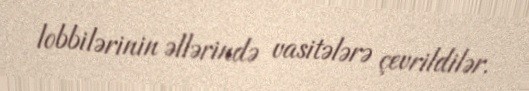
lobbilərinin əllərində vasitələrə çevrildilər.